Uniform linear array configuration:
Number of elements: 16
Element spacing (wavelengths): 0.75
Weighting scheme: uniform
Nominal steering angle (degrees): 45
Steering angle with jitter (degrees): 43.686
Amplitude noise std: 0.05
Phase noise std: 0.05

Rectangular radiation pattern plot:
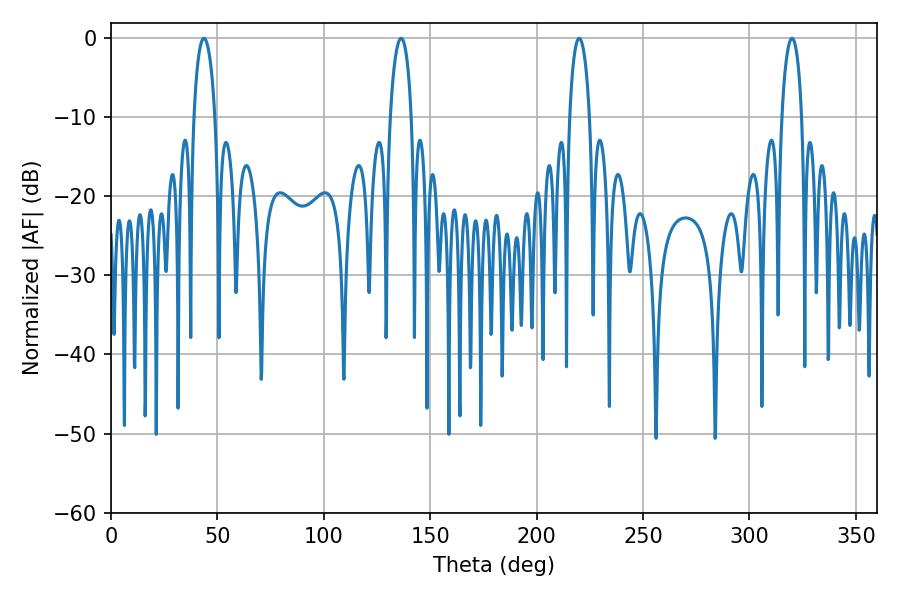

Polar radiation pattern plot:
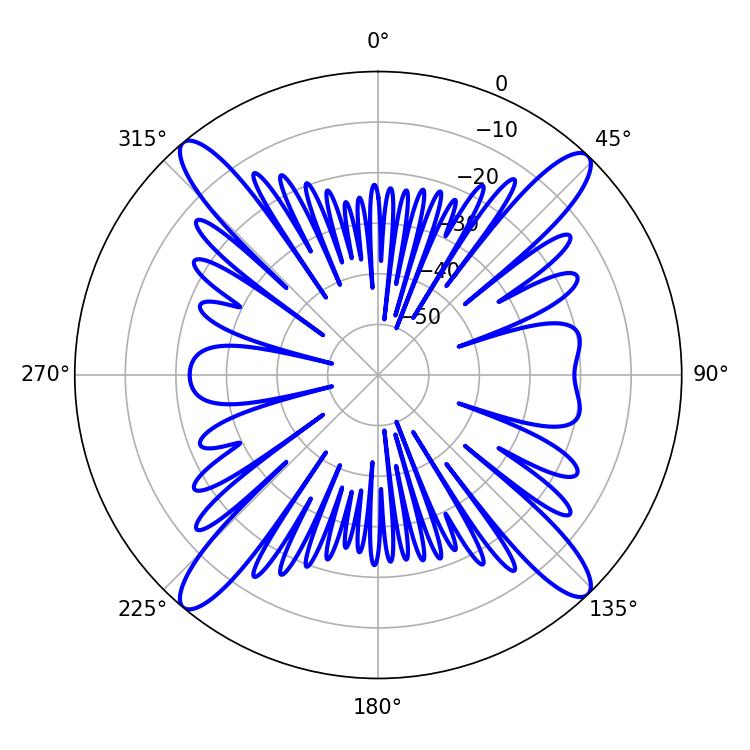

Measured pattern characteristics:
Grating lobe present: TRUE
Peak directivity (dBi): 19.465
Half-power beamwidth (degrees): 5.22
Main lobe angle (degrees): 219.96